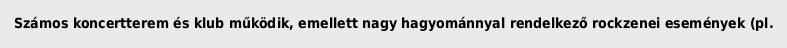
Számos koncertterem és klub működik, emellett nagy hagyománnyal rendelkező rockzenei események (pl.